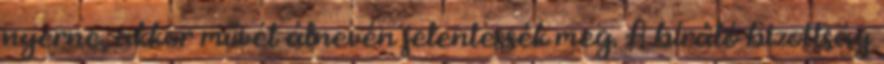
nyerne, akkor művét álnevén jelentessék meg. A bíráló bizottság